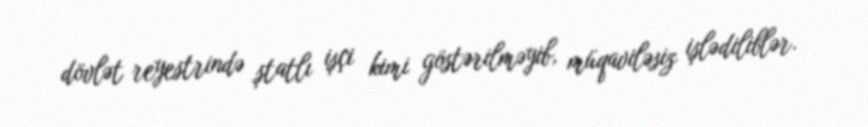
dövlət reyestrində ştatlı işçi kimi göstərilməyib, müqaviləsiz işlədiliblər.